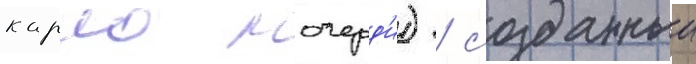
карло ночерд'и) / созданныи